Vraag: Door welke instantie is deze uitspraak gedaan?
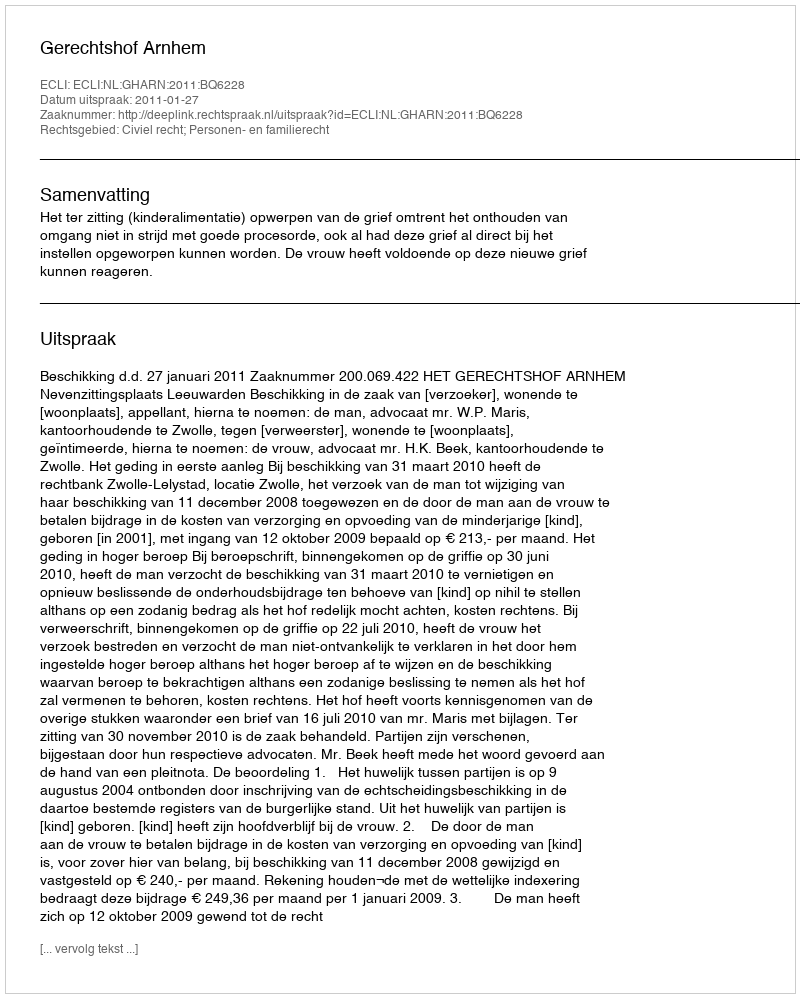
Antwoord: Gerechtshof Arnhem